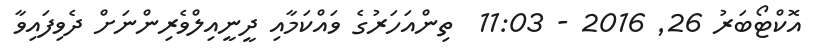
އޮކްޓޯބަރު 26